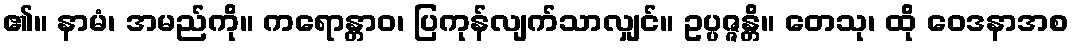
၏။ နာမံ၊ အမည်ကို။ ကရောန္တာဝ၊ ပြကုန်လျက်သာလျှင်။ ဥပ္ပဇ္ဇန္တိ။ တေသု၊ ထို ဝေဒနာအစ